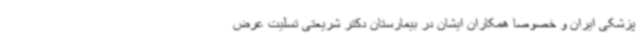
پزشکی ایران و خصوصا همکاران ایشان در بیمارستان دکتر شریعتی تسلیت عرض